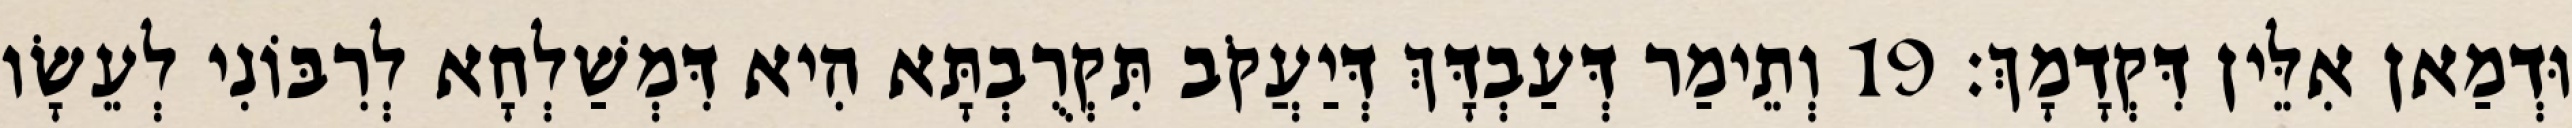
וּדְמַאן אִלֵּין דִּקְדָמָךְ׃ 19 וְתֵימַר דְּעַבְדָּךְ דְּיַעֲקֹב תִּקְרֻבְתָּא הִיא דִּמְשַׁלְחָא לְרִבּוֹנִי לְעֵשָׂו